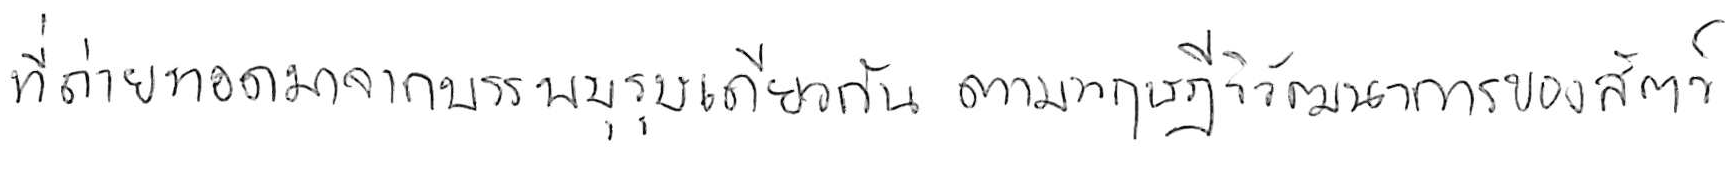
ที่ถ่ายทอดมาจากบรรพบุรุษเดียวกัน ตามทฤษฎีวิวัฒนาการของสัตว์